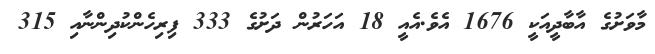
މާވަށުގެ އާބާދީއަކީ 1676 އެވެ.އެއީ 18 އަހަރުން ދަށުގެ 333 ފިރިހެންކުދިންނާއި 315